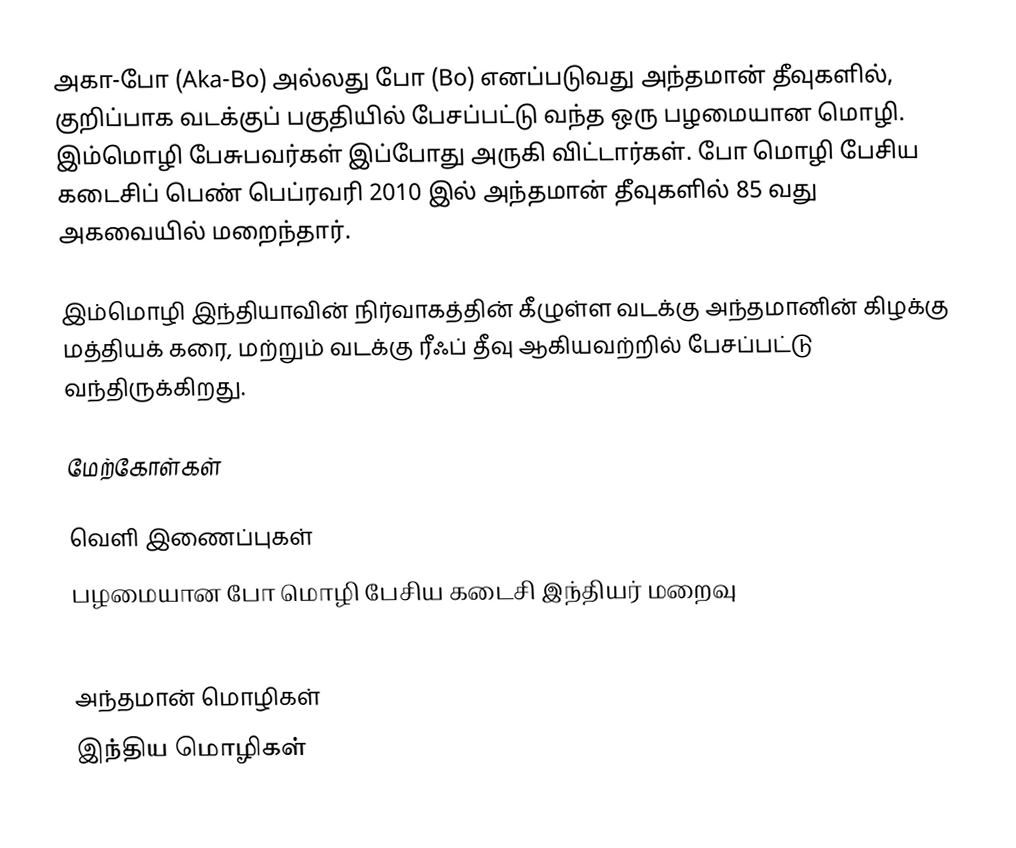
அகா-போ (Aka-Bo) அல்லது போ (Bo) எனப்படுவது அந்தமான் தீவுகளில், குறிப்பாக வடக்குப் பகுதியில் பேசப்பட்டு வந்த ஒரு பழமையான மொழி. இம்மொழி பேசுபவர்கள் இப்போது அருகி விட்டார்கள். போ மொழி பேசிய கடைசிப் பெண் பெப்ரவரி 2010 இல் அந்தமான் தீவுகளில் 85 வது அகவையில் மறைந்தார்.

இம்மொழி இந்தியாவின் நிர்வாகத்தின் கீழுள்ள வடக்கு அந்தமானின் கிழக்கு மத்தியக் கரை, மற்றும் வடக்கு ரீஃப் தீவு ஆகியவற்றில் பேசப்பட்டு வந்திருக்கிறது.

மேற்கோள்கள்

வெளி இணைப்புகள்
 பழமையான போ மொழி பேசிய கடைசி இந்தியர் மறைவு
 Ethnologue report for Aka-Bo

அந்தமான் மொழிகள்
இந்திய மொழிகள்